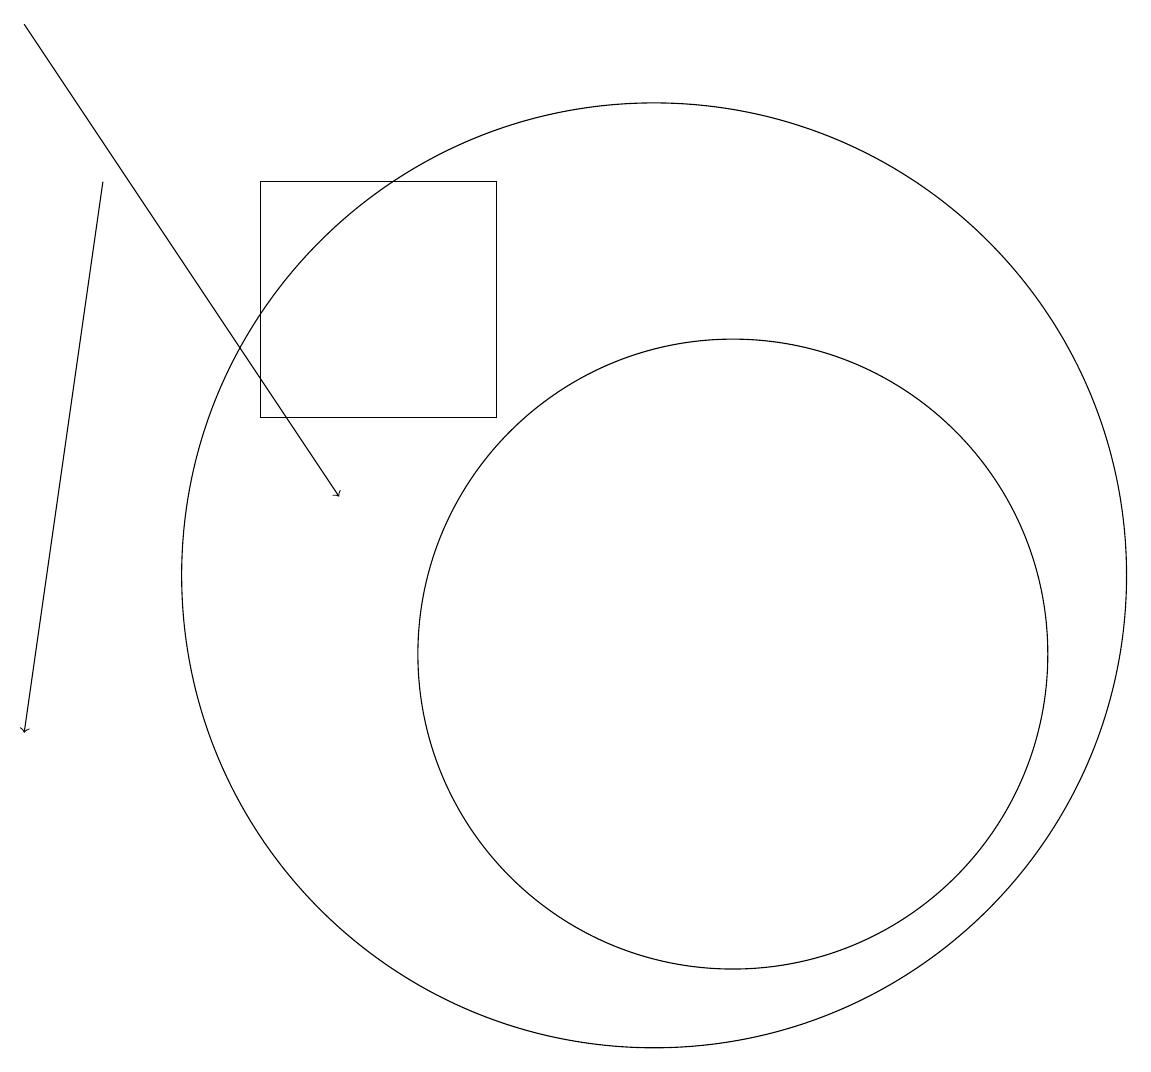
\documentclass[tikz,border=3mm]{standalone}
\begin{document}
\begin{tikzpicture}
\draw (11,12) circle (6);
\draw[->] (4,17) -- (3,10);
\draw (9,17) rectangle (6,14);
\draw (12,11) circle (4);
\draw[->] (3,19) -- (7,13);
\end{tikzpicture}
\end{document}